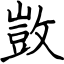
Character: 敳